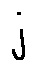
j